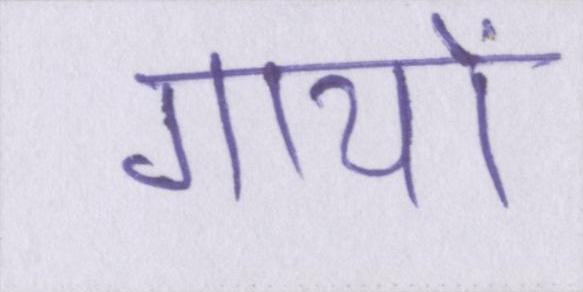
गायों